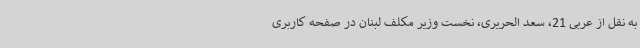
به نقل از عربی 21، سعد الحریری، نخست وزیر مکلف لبنان در صفحه کاربری